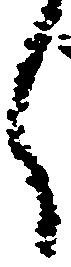
く